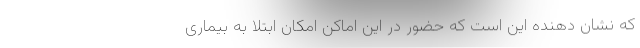
که نشان دهنده این است که حضور در این اماکن امکان ابتلا به بیماری